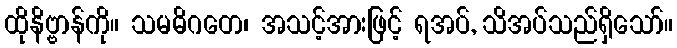
ထိုနိဗ္ဗာန်ကို။ သမဓိဂတေ၊ အသင့်အားဖြင့် ရအပ်, သိအပ်သည်ရှိသော်။